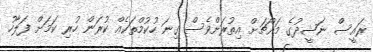
ރައީސް ނަޝީދުގެ މައްޗަށް އިތުރަށްވެސް ގިނަ ހުކުމްތަކެއް ކުރަން ހުރި ކަމަށް ފަލާހު